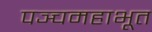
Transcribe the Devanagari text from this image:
पञ्चमहाभूत